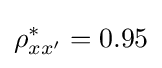
{\rho }_{xx'}^{*}=0.95